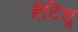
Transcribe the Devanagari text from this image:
हैटिशू